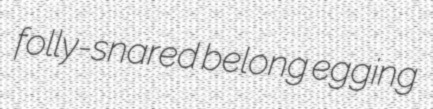
folly-snared belong egging